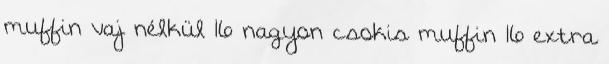
muffin vaj nélkül 16 nagyon csokis muffin 16 extra